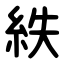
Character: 紩